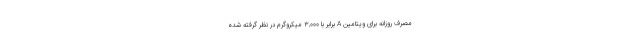
مصرف روزانه برای ویتامین A برابر با 3,000 میکروگرم در نظر گرفته شده